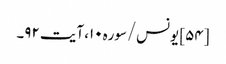
[۵۴] یونس/سوره۱۰، آیت ۹۲۔